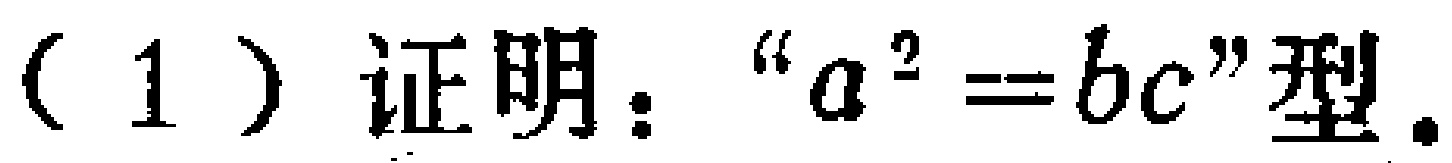
（1）证明：“$a^{2}=bc$”型.